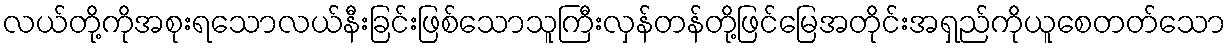
လယ်တို့ကိုအစုးရသောလယ်နီးခြင်းဖြစ်သောသူကြီးလှန်တန်တို့ဖြင်မြေအတိုင်းအရှည်ကိုယူစေတတ်သော